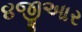
૪જીઆર